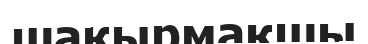
шақырмақшы